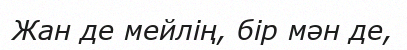
Жан де мейлің, бір мән де,